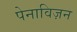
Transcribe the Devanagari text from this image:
पेनाविज़न